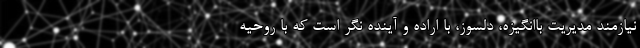
نیازمند مدیریت باانگیزه، دلسوز، با اراده و آینده نگر است که با روحیه